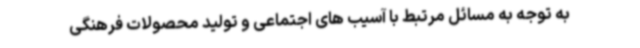
به توجه به مسائل مرتبط با آسیب های اجتماعی و تولید محصولات فرهنگی